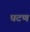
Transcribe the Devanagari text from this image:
घटण